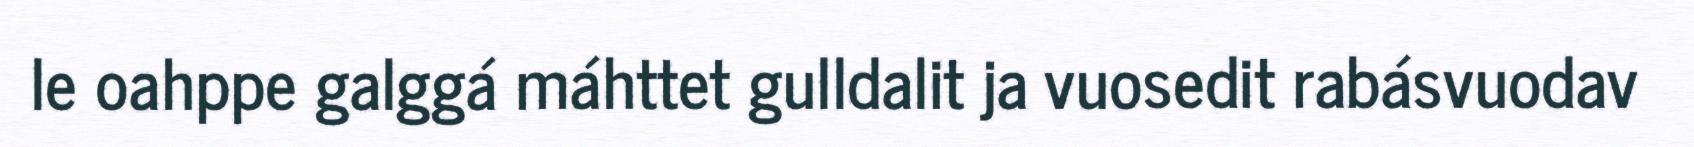
le oahppe galggá máhttet gulldalit ja vuosedit rabásvuodav